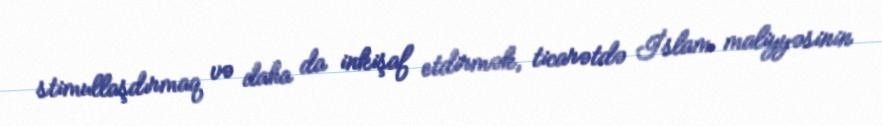
stimullaşdırmaq və daha da inkişaf etdirmək, ticarətdə İslam maliyyəsinin